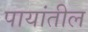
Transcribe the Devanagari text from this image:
पायांतील